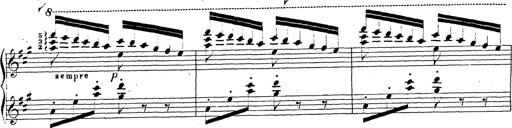
Title: Chanson bohÃ©mienne
Composer: Franz Liszt